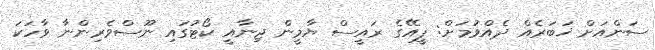
ސަންއަށް ޚަބަރެއް ދެއްވުމަށް: ޕީއޭގެ ރައީސް ޔާމީން ޖިނާއީ ކޯޓުގައި ނޫސްވެރިންނާ ވާހަކަ